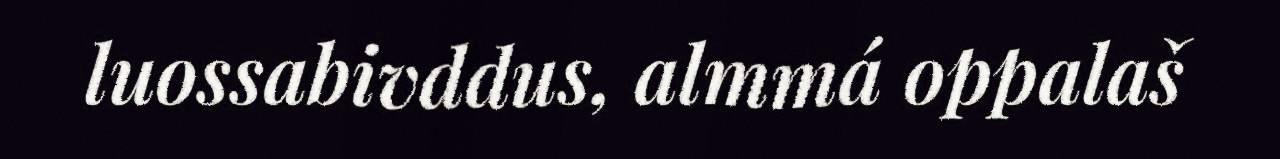
luossabivddus, almmá oppalaš